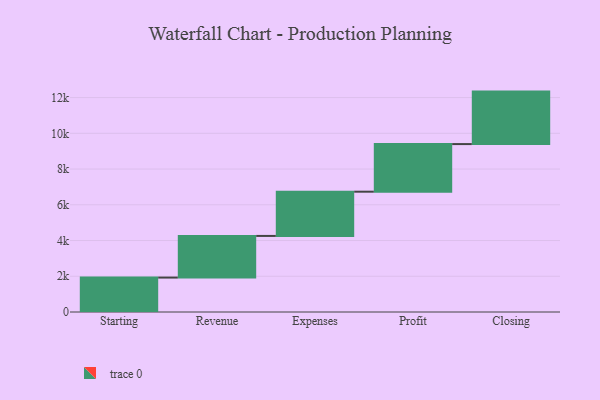
{"axis": {"x": "Step", "y": "Value"}, "legend": [""], "data": [{"x": "Starting", "y": 1927.0, "type": ""}, {"x": "Revenue", "y": 2330.0, "type": ""}, {"x": "Expenses", "y": 2476.0, "type": ""}, {"x": "Profit", "y": 2664.0, "type": ""}, {"x": "Closing", "y": 2937.0, "type": ""}]}